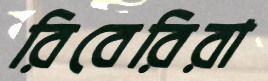
রিবেরিরা